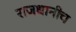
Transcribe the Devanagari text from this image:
राजधानीच